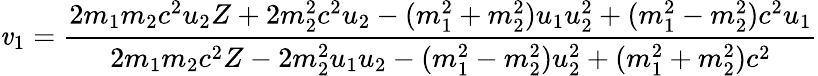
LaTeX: \mathit{v}_{1}={\frac{{2m_{1}m_{2}c^{2}u_{2}Z+2m_{2}^{2}c^{2}u_{2}-(m_{1}^{2}+m_{2}^{2})u_{1}u_{2}^{2}+(m_{1}^{2}-m_{2}^{2})c^{2}u_{1}}}{{2m_{1}m_{2}c^{2}Z-2m_{2}^{2}u_{1}u_{2}-(m_{1}^{2}-m_{2}^{2})u_{2}^{2}+(m_{1}^{2}+m_{2}^{2})c^{2}}}}